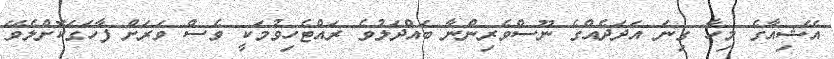
އޭޝިއާގެ މިހާ ގިނަ އަދަދެއްގެ ނޫސްވެރިންނާ ބައްދަލުވެ ރައްޓެހިވުމަކީ ވެސް ވަރަށް ފާހަގަކޮށްލެވޭ